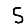
Digit: 5